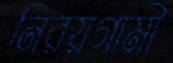
নিরয়গামী